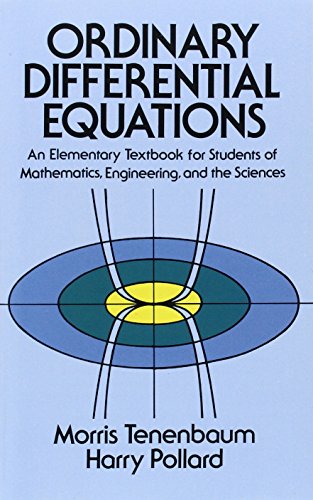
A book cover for Ordinary Differential Equations (Dover Books on Mathematics); Morris Tenenbaum; Science & Math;